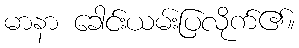
မာနာ ခေါင်းယမ်းပြလိုက်၏။